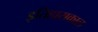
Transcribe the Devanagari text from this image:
इतिहासकाल